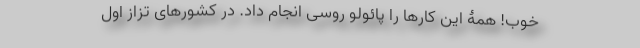
خوب! همۀ این کارها را پائولو روسی انجام داد. در کشورهای تزاز اول